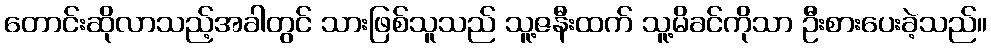
တောင်းဆိုလာသည့်အခါတွင် သားဖြစ်သူသည် သူ့ဇနီးထက် သူ့မိခင်ကိုသာ ဦးစားပေးခဲ့သည်။